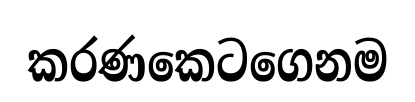
කරණකෙටගෙනම